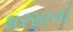
કારસાનો